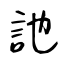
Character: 訑